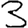
Digit: 3